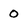
Character: 0